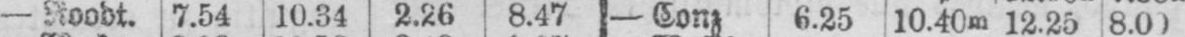
- Roodt. 7.54 10.34 2.26 8.47 - Cong 6.25 10.40m 12.25 8.00